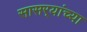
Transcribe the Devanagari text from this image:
सासर्‍यांच्या